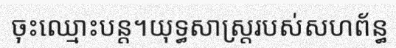
ចុះឈ្មោះបន្ត។យុទ្ធសាស្ត្ររបស់សហព័ន្ធ